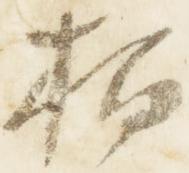
拍